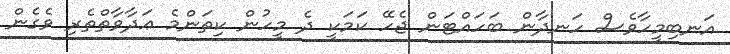
އަނބިމީހާވެސް ހަނދާން ބަހައްޓަން ޖެހޭ ކަމަކީ ދެ މީހުން ކިތަންމެ ޢަދާވާތްތެރި ވެގެން